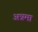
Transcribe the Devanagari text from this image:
अन्नमा